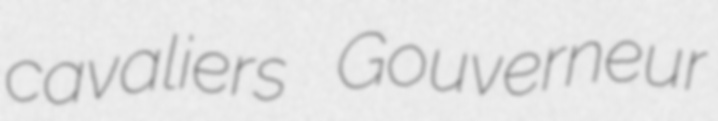
cavaliers Gouverneur